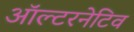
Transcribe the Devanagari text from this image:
ऑल्‍टरनेटिव